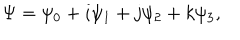
\Psi = \psi _ { 0 } + i \psi _ { 1 } + j \psi _ { 2 } + k \psi _ { 3 } ,